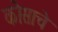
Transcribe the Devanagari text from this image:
कोसाचे